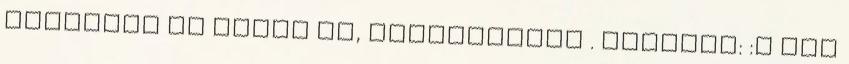
továbbra is Neked is, mindenkinek . Hajnali: :D hat